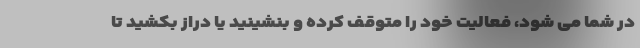
در شما می شود، فعالیت خود را متوقف کرده و بنشینید یا دراز بکشید تا